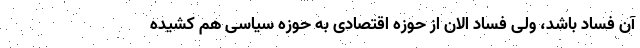
آن فساد باشد، ولی فساد الان از حوزه اقتصادی به حوزه سیاسی هم کشیده